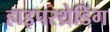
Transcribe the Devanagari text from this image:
हाइपरथ्रेडिंग